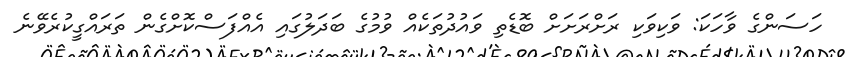
ހަސަންގެ ވާހަކަ: ވަކިވަކި ރަށްރަށަށް ބޮޑެތި ވައުދުތަކެއް ވުމުގެ ބަދަލުގައި އެއްފަސްކޮށްގެން ތަރައްގީކުރެވޭނެ